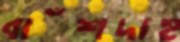
বাঁশদাহ